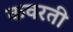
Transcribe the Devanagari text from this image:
कवरती